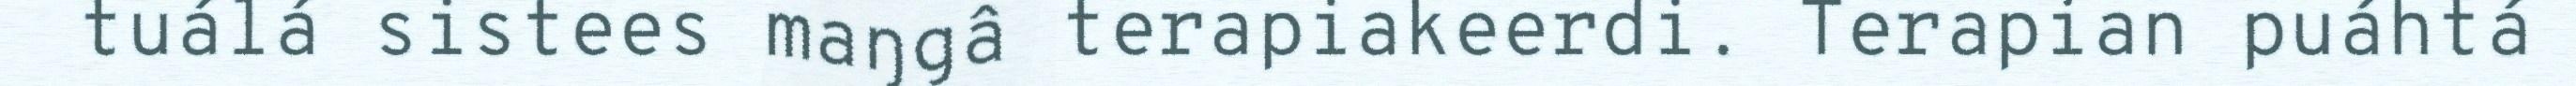
tuálá sistees maŋgâ terapiakeerdi. Terapian puáhtá